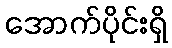
အောက်ပိုင်းရှိ